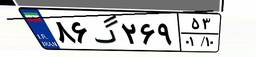
۸۶گ۲۶۹۵۳